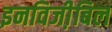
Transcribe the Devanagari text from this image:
इनविजी़बिल